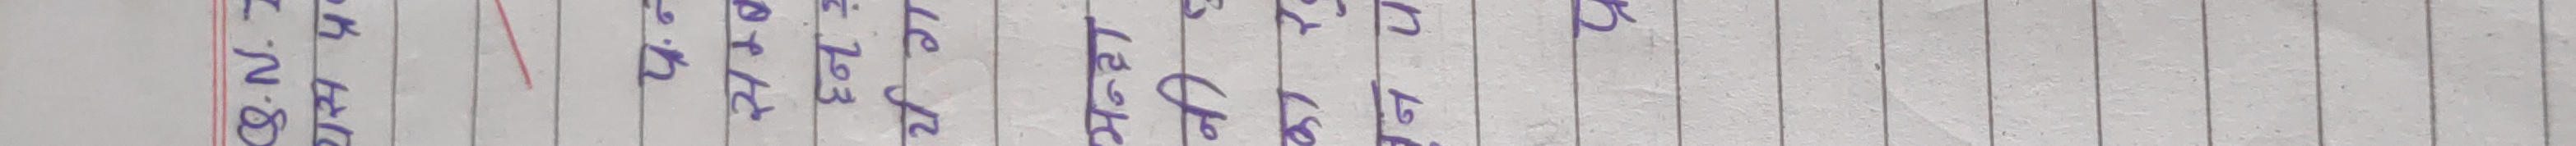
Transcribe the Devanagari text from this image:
8.N.Z
यस प्र
प्र.न
सम्ब
દન ?
र्य ग
भन्दा
नी
का रू
न प
प्र